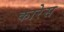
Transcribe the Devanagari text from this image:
कारेस